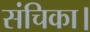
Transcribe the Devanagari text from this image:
संचिका।